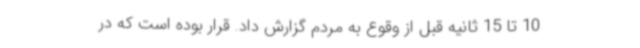
10 تا 15 ثانیه قبل از وقوع به مردم گزارش داد. قرار بوده است که در